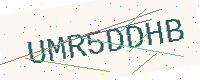
Text: UMR5DDHB